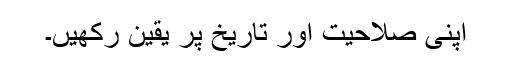
اپنی صلاحیت اور تاریخ پر یقین رکھیں۔